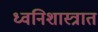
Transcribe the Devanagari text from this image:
ध्वनिशास्त्रात